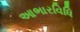
આભારવિધિ